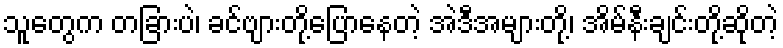
သူတွေက တခြားပဲ၊ ခင်ဗျားတို့ပြောနေတဲ့ အဲဒီအများတို့၊ အိမ်နီးချင်းတို့ဆိုတဲ့